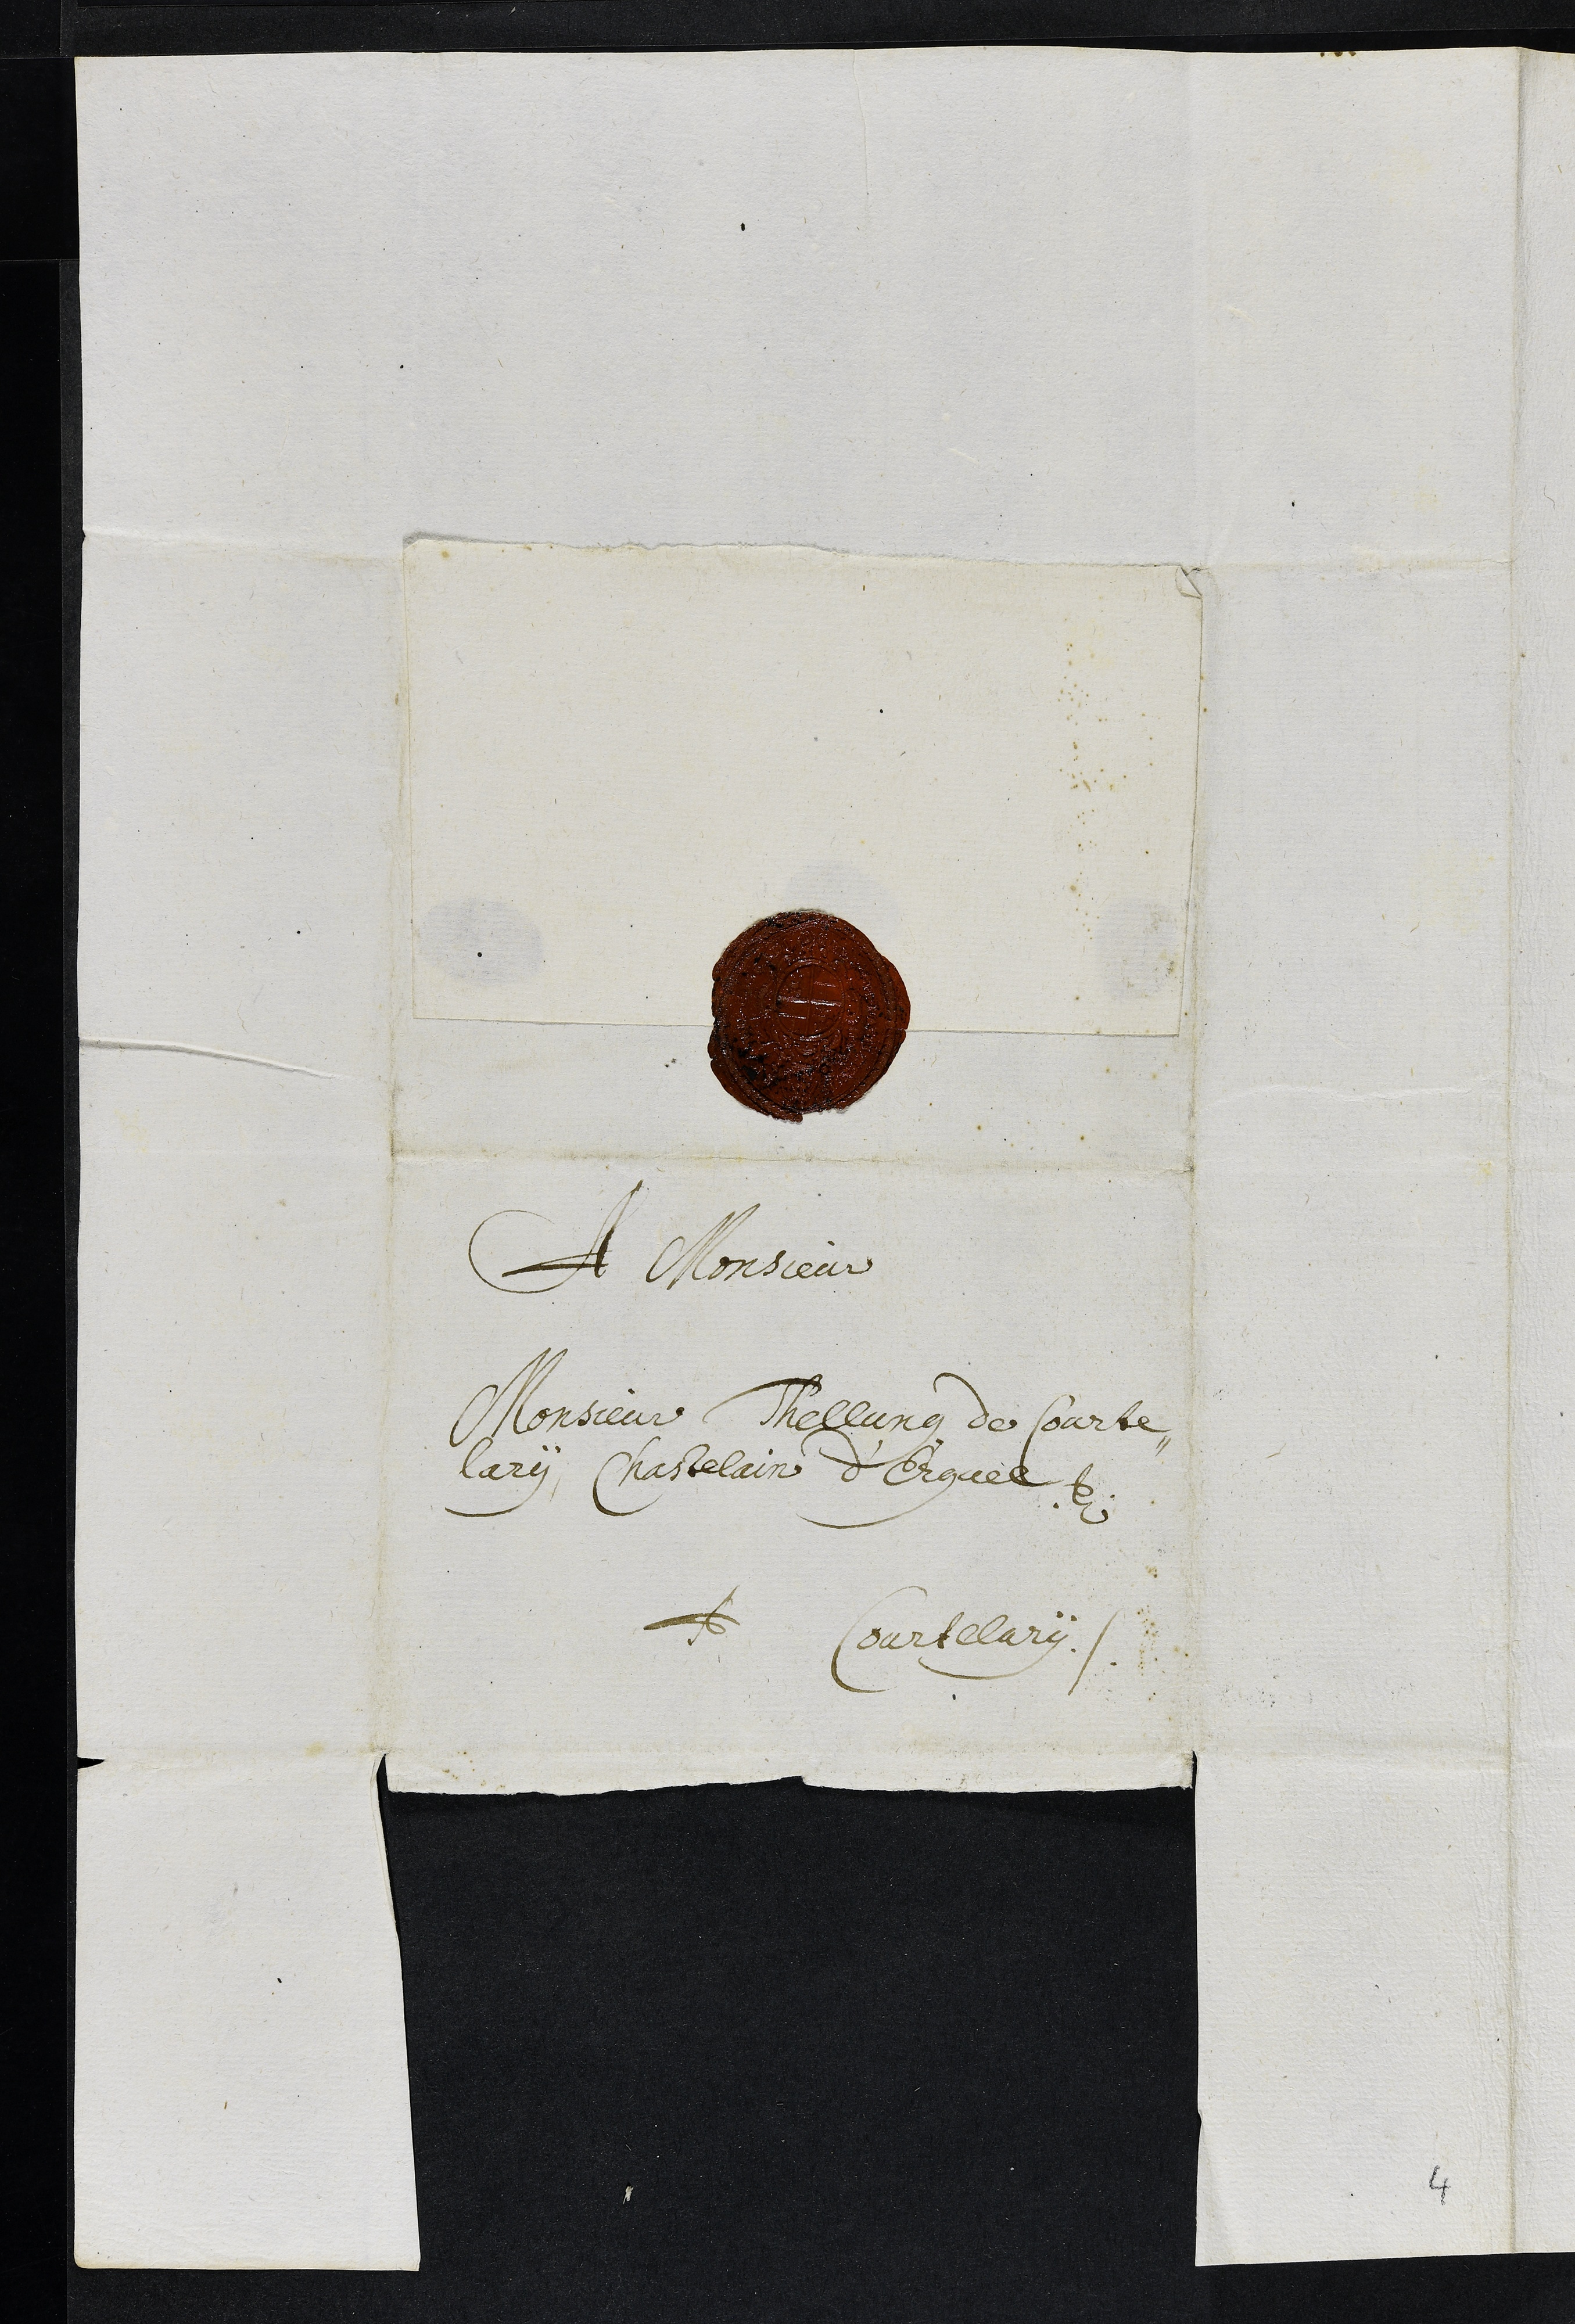
A Monsieur
Monsieur Thellung de Courte¬
lary, Chastelain d'Erguel
A Courtelary
4